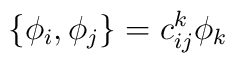
\{\phi_i,\phi_j\}=c_{ij}^k\phi_k